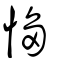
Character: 㥮